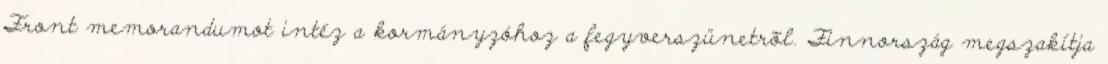
Front memorandumot intéz a kormányzóhoz a fegyverszünetrõl. Finnország megszakítja